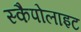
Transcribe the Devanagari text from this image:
स्कैपोलाइट